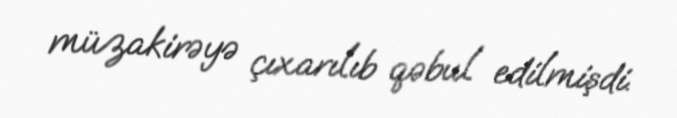
müzakirəyə çıxarılıb qəbul edilmişdi.